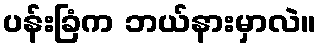
ပန်းခြံက ဘယ်နားမှာလဲ။